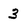
Character: 3